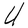
Character: U